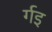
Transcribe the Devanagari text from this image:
र्गइ